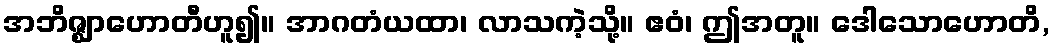
အဘိဇ္ဈာဟောတီဟူ၍။ အာဂတံယထာ၊ လာသကဲ့သို့။ ဧဝံ၊ ဤအတူ။ ဒေါသောဟောတိ,